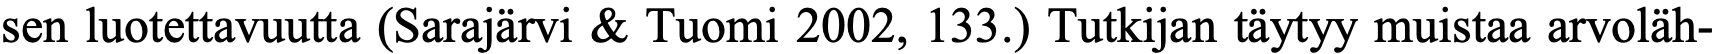
sen luotettavuutta (Sarajärvi & Tuomi 2002, 133.) Tutkijan täytyy muistaa arvoläh-